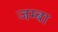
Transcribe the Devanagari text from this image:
जम्बा